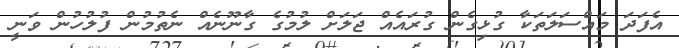
އެފަދަ މައްސަލަތަކާ ގުޅިގެން ގުރައެއް ޖަލަށް ލުމުގެ ގާނޫނެއް ނެތުމުން ފުލުހުން ވަނީ